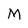
Character: M